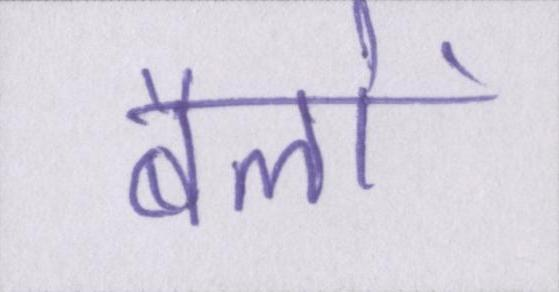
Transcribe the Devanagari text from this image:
बैलों